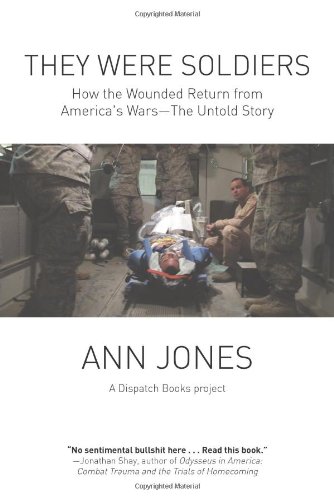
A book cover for They Were Soldiers: How the Wounded Return from America's Wars: The Untold Story; Ann Jones; History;